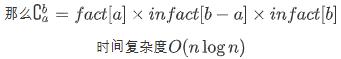
那么$\mathrm{C}_a^b = \mathrm{fact}[a] \times \mathrm{in} \mathrm{fact}[b - a] \times \mathrm{fact}[b]$
时间复杂度$O(n \log n)$